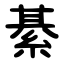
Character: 綦